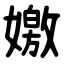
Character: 嬓